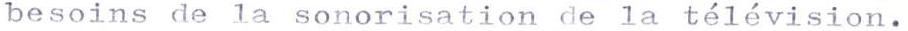
besoins de la sonorisation de la télévision.